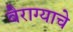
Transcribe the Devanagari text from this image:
बैराग्याचे